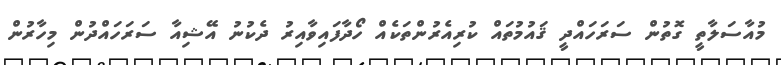
މުއާސަލާތީ ގޮތުން ސަރަހައްދީ ޤައުމުތައް ކުރިއެރުންތަކެއް ހޯދާފައިވާއިރު ދެކުނު އޭޝިއާ ސަރަހައްދުން މިހާރުން